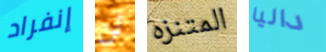
إنفراد لن المتنزه داليا